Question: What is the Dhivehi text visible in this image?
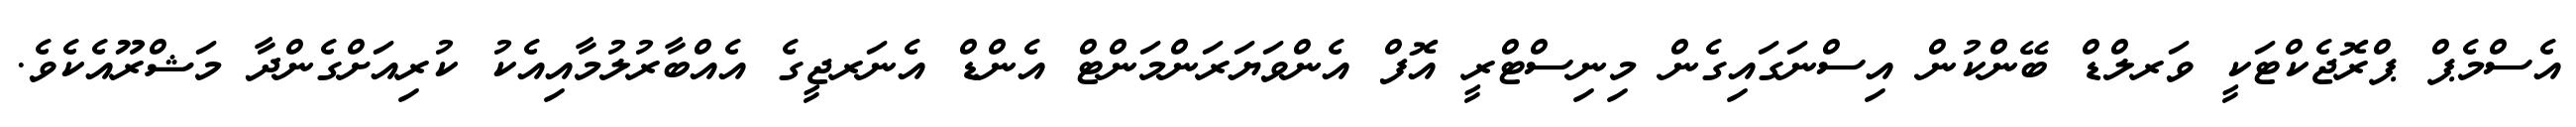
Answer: އެސްމެޕް ޕްރޮޖެކްޓަކީ ވަރލްޑް ބޭންކުން އިސްނަގައިގެން މިނިސްޓްރީ އޮފް އެންވަޔަރަންމަންޓް އެންޑް އެނަރޖީގެ އެއްބާރުލުމާއިއެކު ކުރިއަށްގެންދާ މަޝްރޫއެކެވެ.